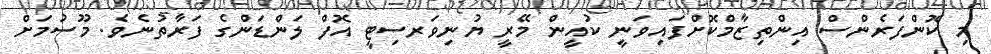
މި ކޮންފަރެންސް އިންތިޒާމްކޮށްފައިވަނީ ކުއީން މޭރީ ޔުނިވަރސިޓީ އޮފް ލަންޑަންގެ ފަރާތުނެވެ. މޫސުމަށް